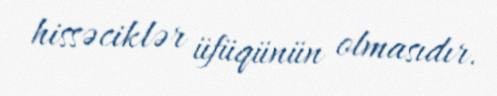
hissəciklər üfüqünün olmasıdır.